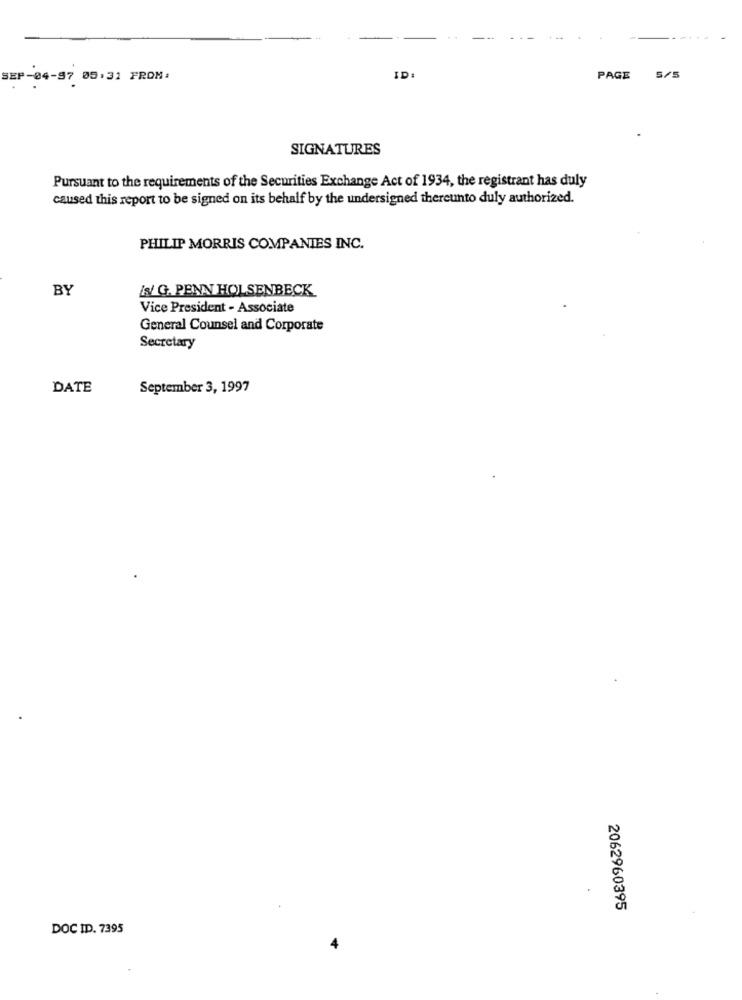
SEP-04-97 05.31 FROM:
ID
PAGE
5/5
SIGNATURES
Pursuant to the requirements of the Securities Exchange Act of 1934, the registrant has duly
caused this report to be signed on its behalf by the undersigned thereunto duly authorized.
PHILIP MORRIS COMPANIES INC.
BY
W/ G. PENN HOLSENBECK
Vice President - Associate
General Counsel and Corporate
Secretary
DATE
September 3, 1997
2062960395
DOC ID. 7395